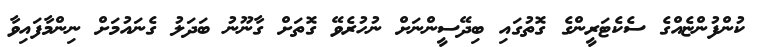
ކުންފުންޏެއްގެ ސެކެޓަރީންގެ ގޮތުގައި ބިދޭސީންނަށް ނުހުރެވޭ ގޮތަށް ގާނޫނު ބަދަލު ގެނައުމަށް ނިންމާފައިވާ